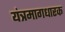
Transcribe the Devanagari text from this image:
यंत्रमागधारक